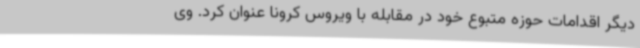
دیگر اقدامات حوزه متبوع خود در مقابله با ویروس کرونا عنوان کرد. وی